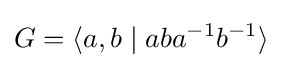
G=\langle a,b\mid aba^{-1}b^{-1}\rangle